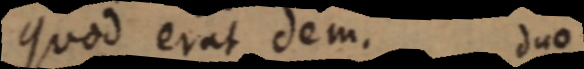
quod erat dem. duo